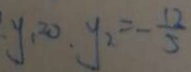
y _ { 1 } = 0 , y _ { 2 } = - \frac { 1 2 } { 5 }